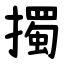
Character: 擉